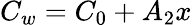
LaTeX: C_{w}=C_{0}+A_{2}x